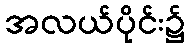
အလယ်ပိုင်း၌